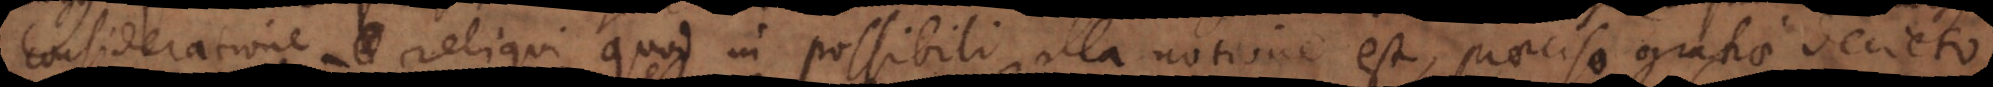
consideratione reliqui quod in possibili illa notione est, praeciso gratiae decreto